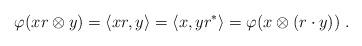
LaTeX: \begin{align*}\varphi(xr\otimes y)=\langle xr,y\rangle = \langle x,yr^*\rangle=\varphi(x\otimes(r\cdot y))\;.\end{align*}